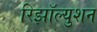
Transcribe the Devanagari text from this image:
रिझॉल्युशन